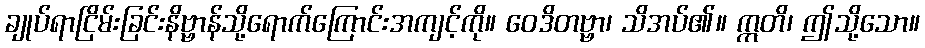
ချုပ်ရာငြိမ်းခြင်းနိဗ္ဗာန်သို့ရောက်ကြောင်းအကျင့်ကို။ ဝေဒိတဗ္ဗာ၊ သိအပ်၏။ ဣတိ၊ ဤသို့သော။